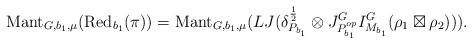
LaTeX: \begin{align*}\mathrm{Mant}_{G, b_1, \mu}( \mathrm{Red}_{b_1} (\pi))=\mathrm{Mant}_{G, b_1, \mu}(LJ(\delta^{\frac{1}{2}}_{P_{b_1}} \otimes J^G_{P^{op}_{b_1}} I^G_{M_{b_1}} (\rho_1 \boxtimes \rho_2))).\end{align*}